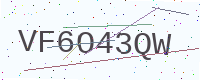
Text: VF6O43QW